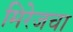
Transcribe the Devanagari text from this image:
मिरेजचा